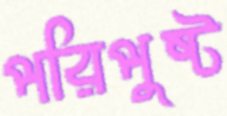
পরিপুষ্ট